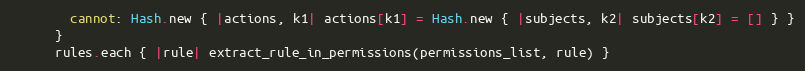
Language: Ruby
        cannot: Hash.new { |actions, k1| actions[k1] = Hash.new { |subjects, k2| subjects[k2] = [] } }
      }
      rules.each { |rule| extract_rule_in_permissions(permissions_list, rule) }